Leaving Certificate Examination (including Day School Certificate (Higher) General paper), 1938
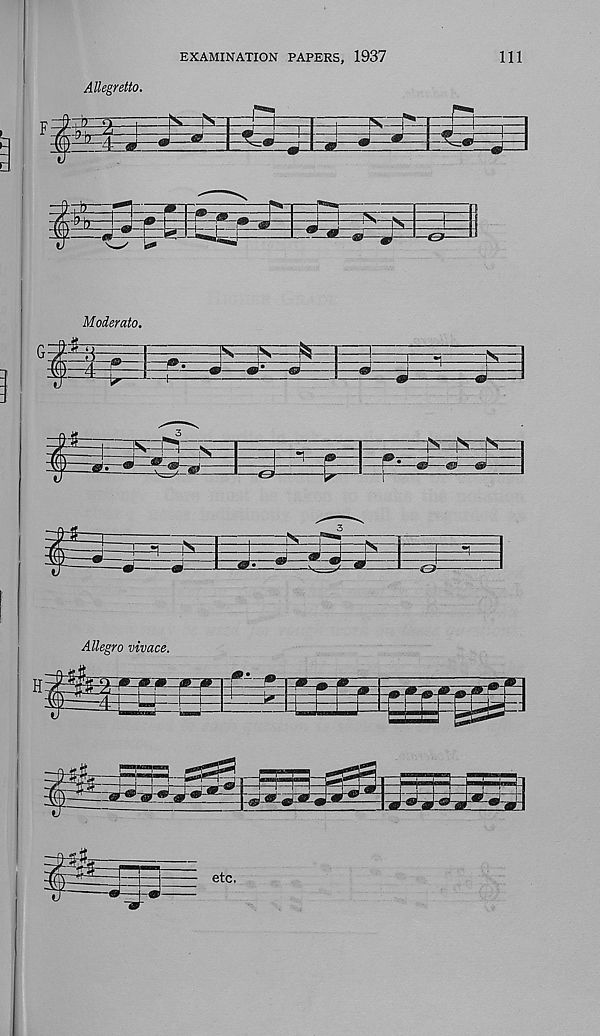
EXAMINATION PAPERS, 1937
111
Allegretto.
zj=j£i
i
■ •S8BJBJ—
i5=
Moderate.
^=es=fs:
i—v-
r®!
i
*• w
-e-
Allegro vivace.